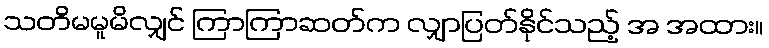
သတိမမူမိလျှင် ကြာကြာဆတ်က လျှာပြတ်နိုင်သည့် အ အထား။